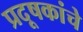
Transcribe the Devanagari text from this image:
प्रदूषकांचे